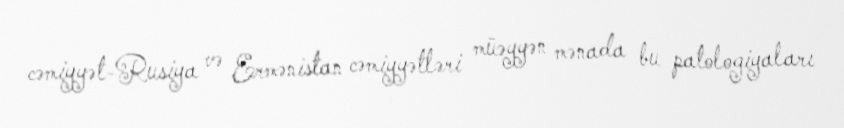
cəmiyyət-Rusiya və Ermənistan cəmiyyətləri müəyyən mənada bu patologiyaları